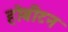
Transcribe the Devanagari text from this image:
होबीटन